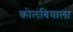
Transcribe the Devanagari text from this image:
कोलंबियाला